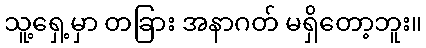
သူ့ရှေ့မှာ တခြား အနာဂတ် မရှိတော့ဘူး။